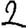
Digit: 2